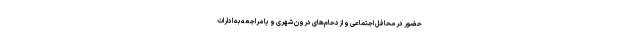
حضور در محافل اجتماعی و ازدحام‌های درون شهری و یا مراجعه به ادارات